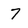
Character: 7